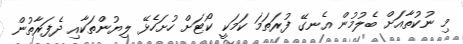
މި ނުކުތާއަށް ބެލުމުން އެނގޭ ފުރަތަމަ ކަމަކީ ކޯޓަށް ހުށަހެޅޭ ލިޔުންތަކާއި ދެފަރާތުން